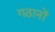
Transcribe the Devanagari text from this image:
गठानों